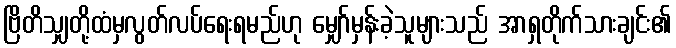
ဗြိတိသျှတို့ထံမှလွတ်လပ်ရေးရမည်ဟု မျှော်မှန်းခဲ့သူများသည် အာရှတိုက်သားချင်း၏